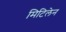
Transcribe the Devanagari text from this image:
मिटिलेन